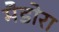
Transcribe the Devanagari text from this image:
मैडोरा